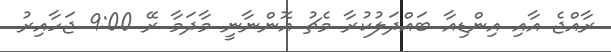
ރާއްޖެ އާއި އިންޑިއާ ބައްދަލުކުރާ މެޗު އޮންނާނީ މާދަމާ ރޭ 9:00 ޖަހާއިރު